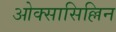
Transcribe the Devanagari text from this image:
ओक्सासिल्लिन